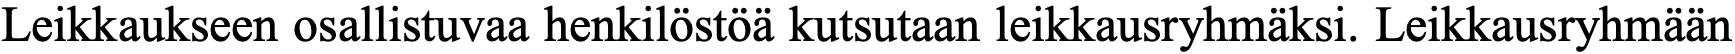
Leikkaukseen osallistuvaa henkilöstöä kutsutaan leikkausryhmäksi. Leikkausryhmään